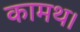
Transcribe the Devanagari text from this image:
कामथ।